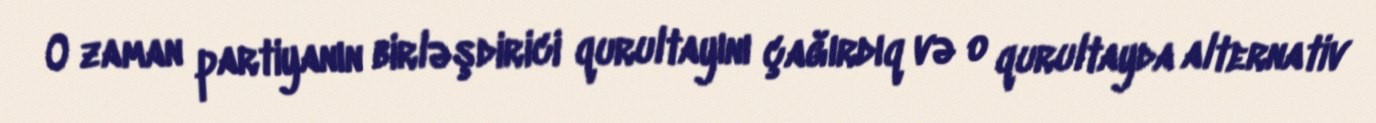
O zaman partiyanın birləşdirici qurultayını çağırdıq və o qurultayda alternativ